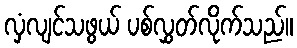
လှံလျင်သဖွယ် ပစ်လွှတ်လိုက်သည်။